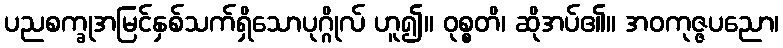
ပညစက္ခုအမြင်နှစ်သက်ရှိသောပုဂ္ဂိုလ် ဟူ၍။ ဝုစ္စတိ၊ ဆိုအပ်၏။ အဝကုဇ္ဇပညော၊